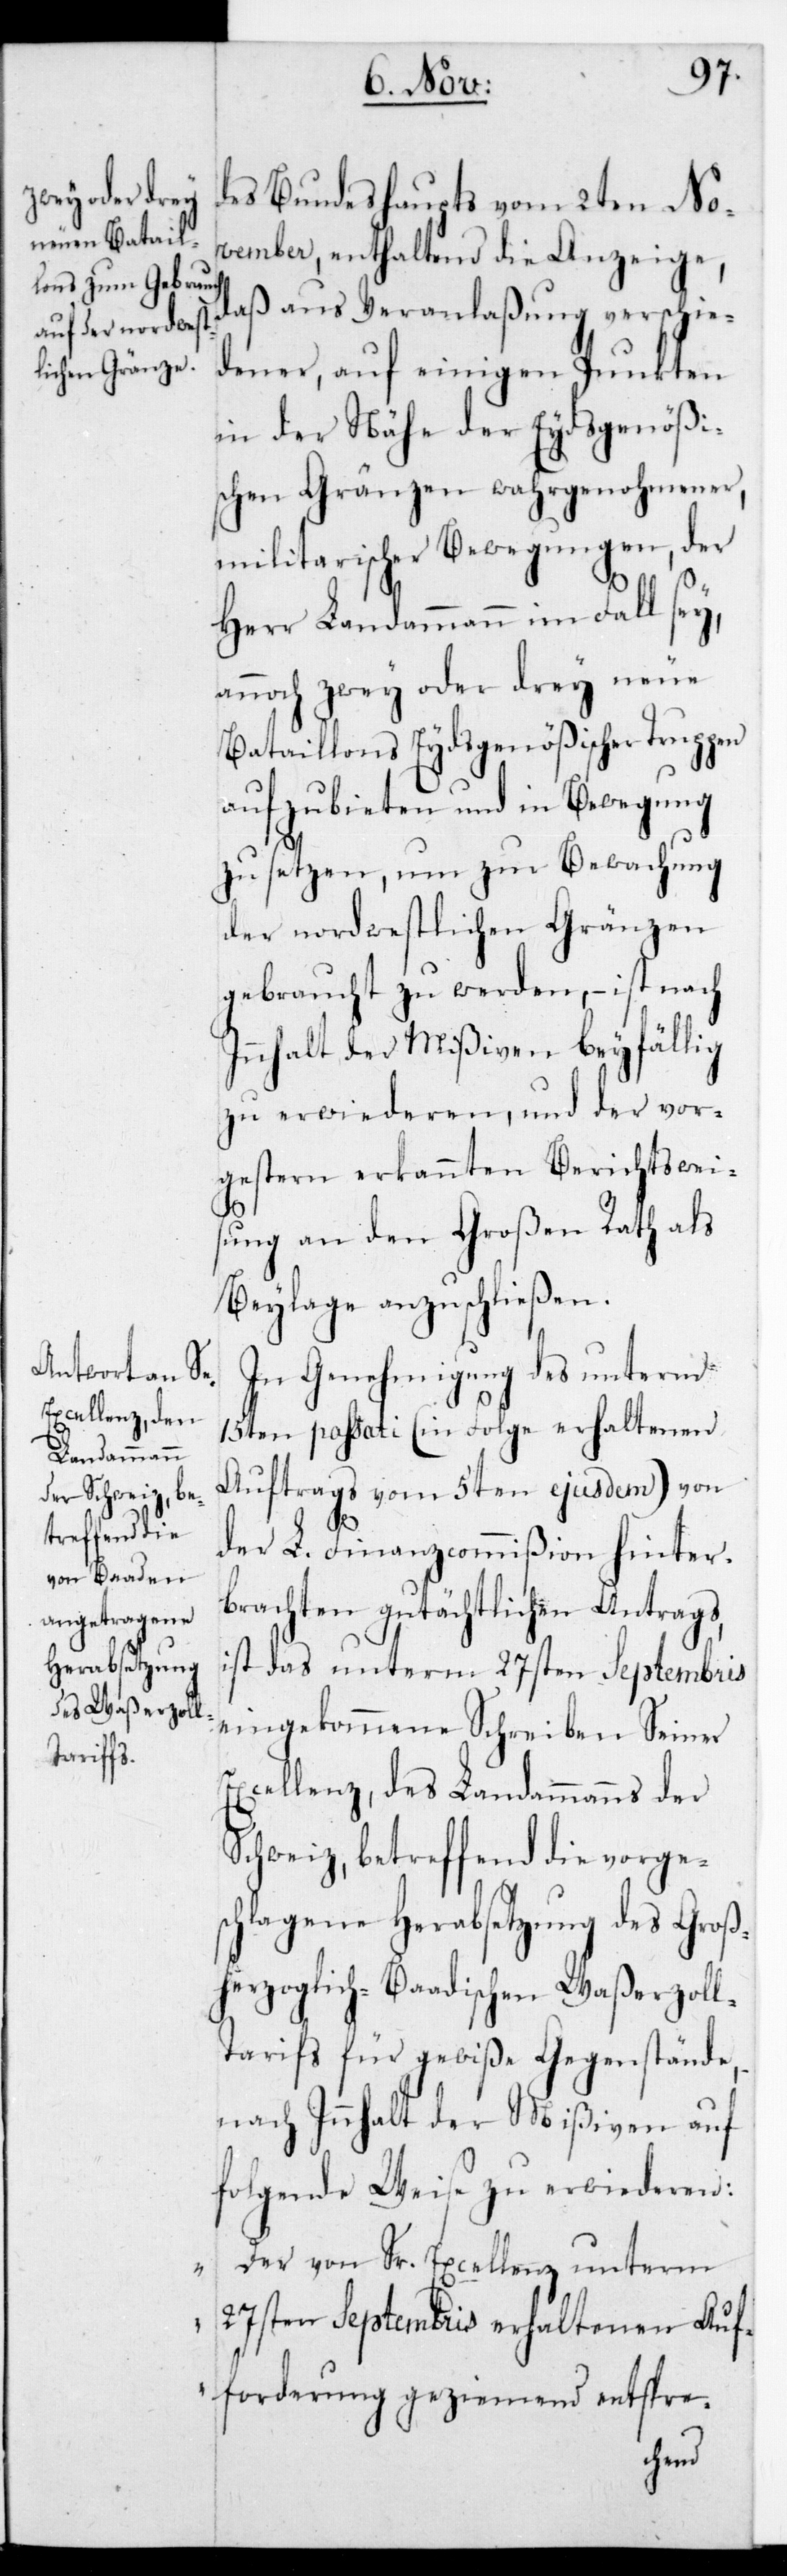
des Bundeshaupts vom 2ten No¬
vember, enthaltend die Anzeige,
daß aus Veranlaßung verschie¬
dener, auf einigen Punkten
in der Nähe der Eydsgenößi¬
schen Gränzen wahrgenohmener,
militarischer Bewegungen, der
Herr Landammann im Fall sey,
annoch zwey oder drey neue
Bataillons Eydsgenößischer Truppen
aufzubieten und in Bewegung
zu setzen, um zur Bewachung
der nordwestlichen Grenzen
gebraucht zu werden, – ist nach
Innhalt der Mißiven beyfällig
zu erwiederen, und der vor¬
gestern erkannten Berichtsweis¬
ung an den Großen Rath als
Beylage anzuschließen.
In Genehmigung des unterm
15ten passati (in Folge erhaltenen
Auftrags vom 5ten ejusdem) von
der L. Finanzcommißion hinter¬
brachten gutächtlichen Antrags,
ist das unterm 27sten Septembris
eingekommene Schreiben Seiner
Excellenz, des Landammanns der
Schweiz, betreffend die vorge¬
schlagene Herabsetzung des Groß¬
herzoglich-Baadischen Waßerzol¬
l-Tarifs für gewiße Gegenstände,
nach Innhalt der Mißiven auf
folgende Weise zu erwiederen:
„Der von Sr. Excellenz unterm
27sten Septembris erhaltenen Auf¬
forderung geziemend entspre-